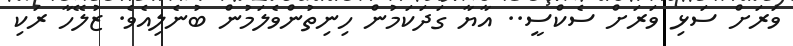
ވަރަށް ސަޅި ވަރަށް ސެކްސީ.. އާޔާ ގަދަަކަމުން ހިނިތުންވެލަމުން ބުނެލިއެވެ. ޒުލޭހާ ރަކި